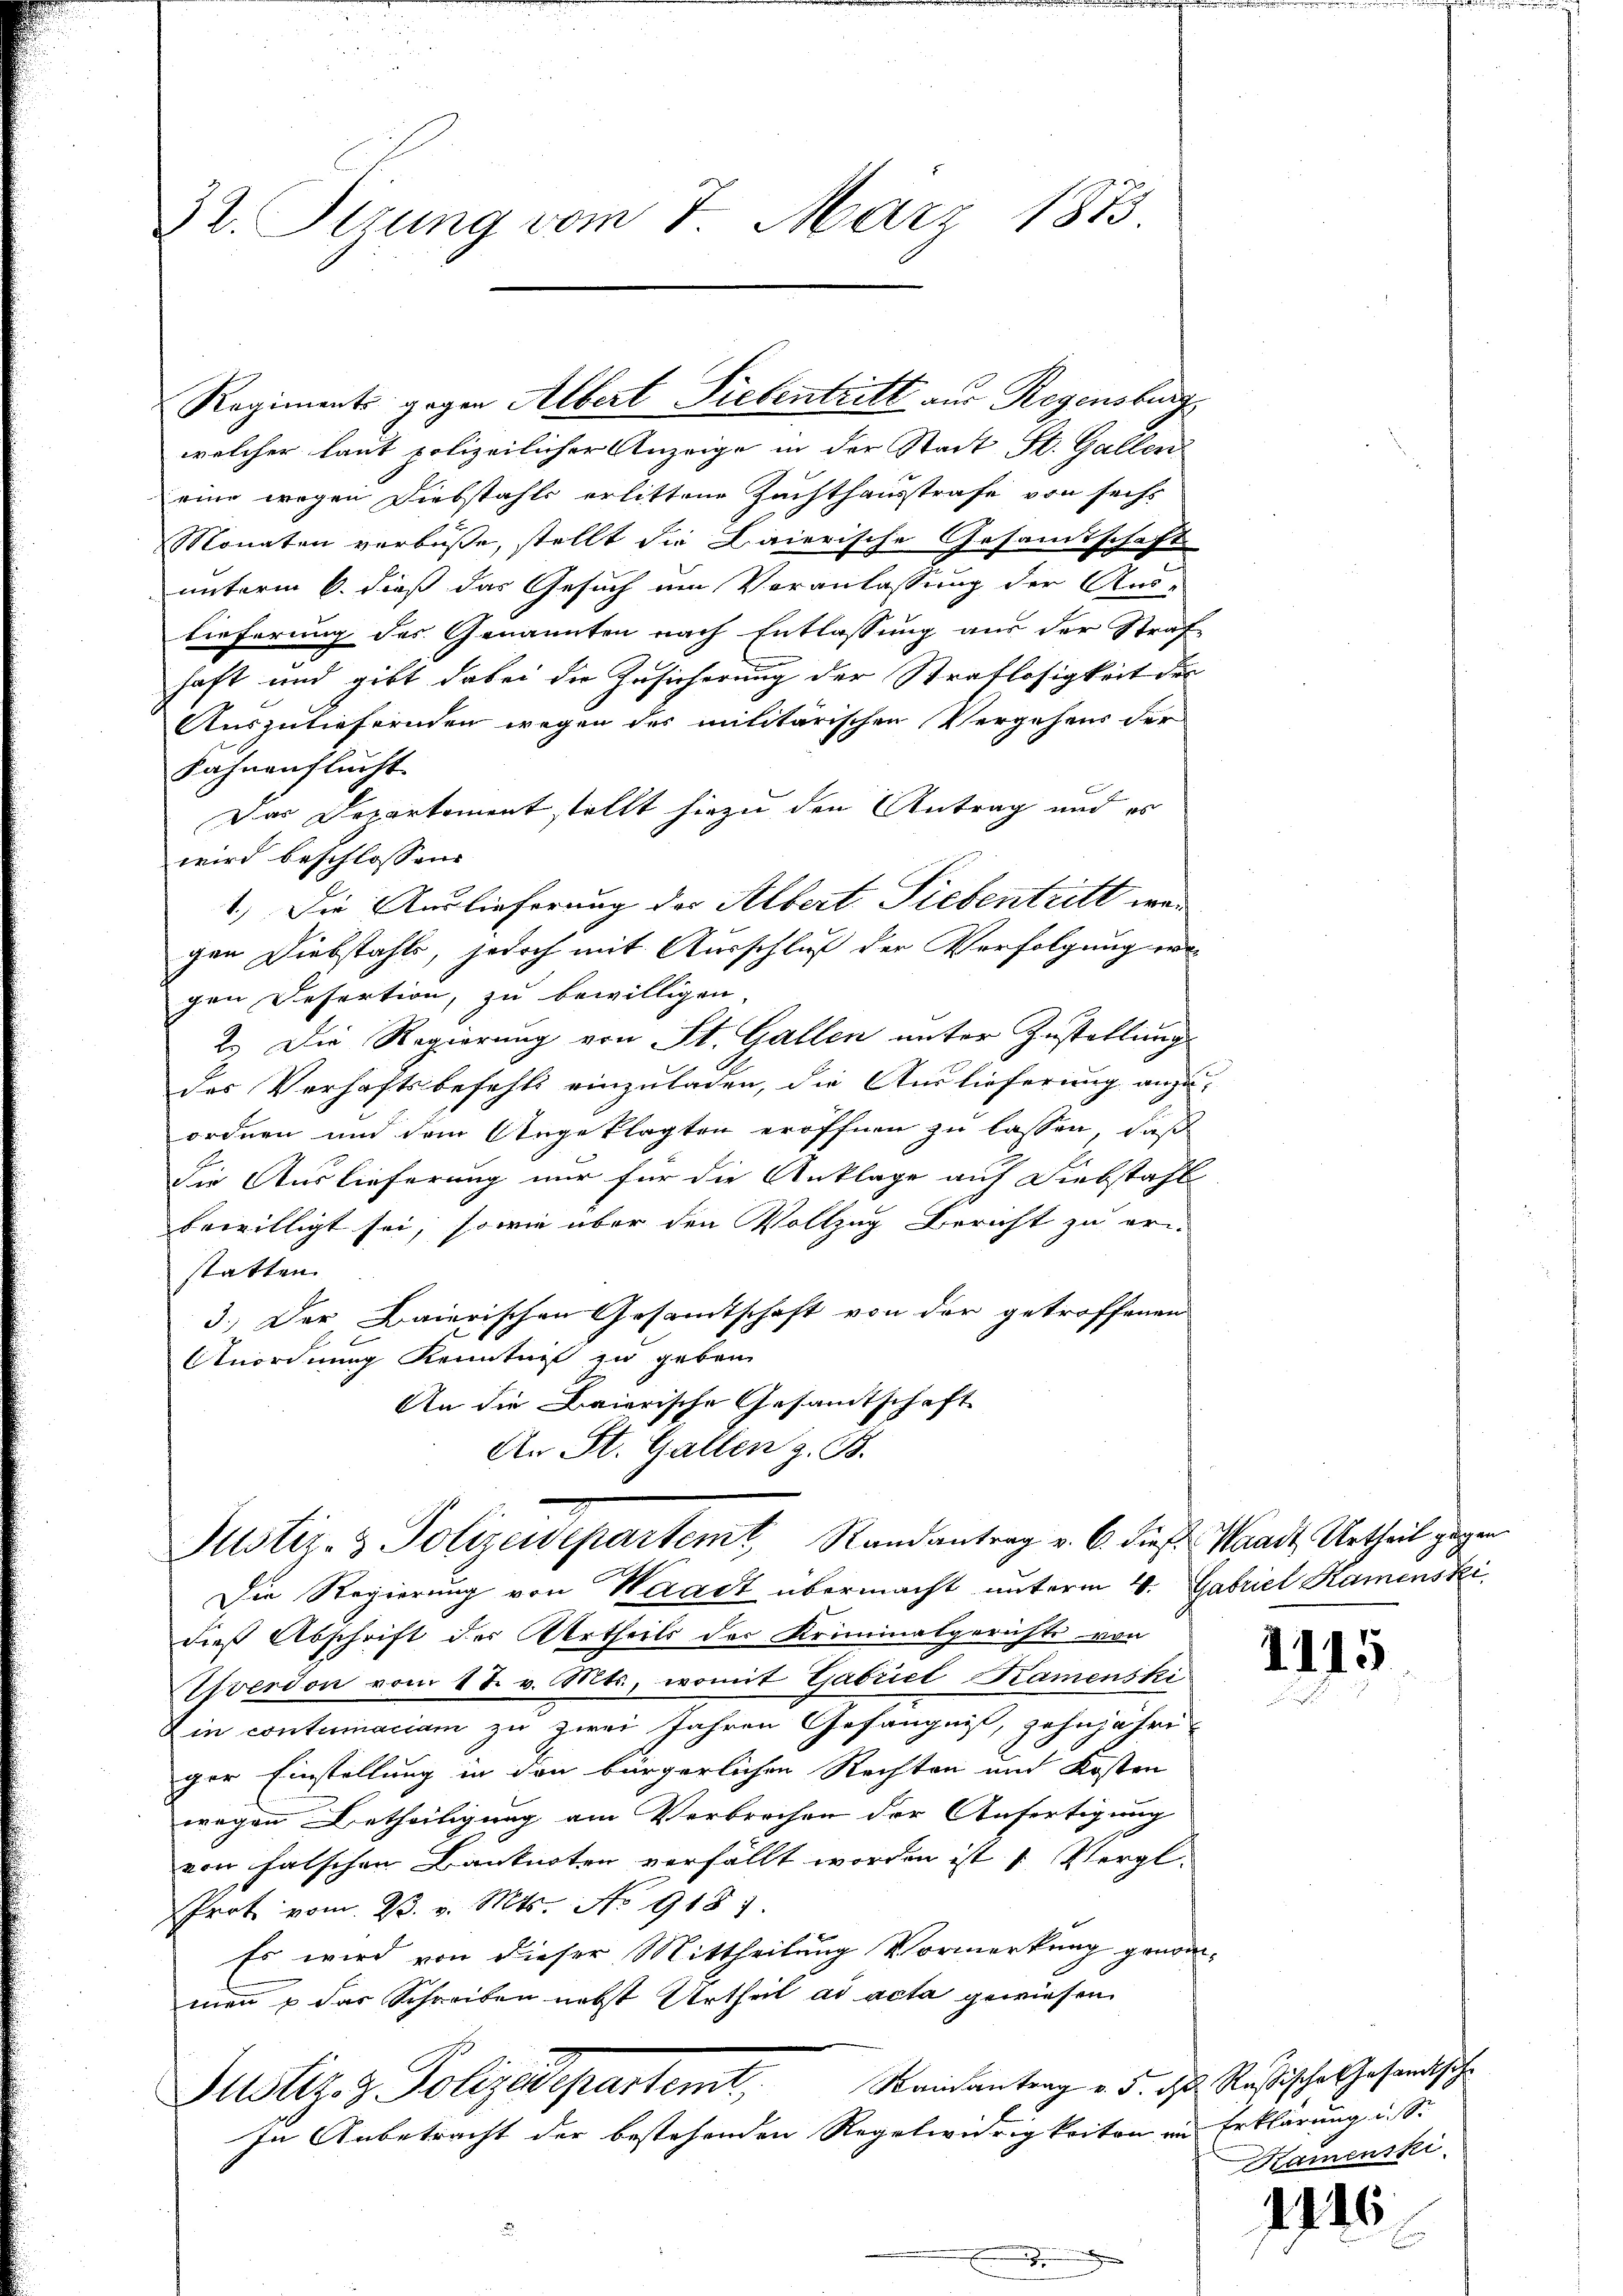
32. Sizung vom 7. März 1873.

welcher laut polizeilicher Anzeige in der Stadt St. Gallen
eine wegen Diebstahls erlittene Zuchthausstrafe von sechs
Monaten verbuße, stellt die Baierische Gesandtschaft
unterm 6. dieß das Gesuch um Veranlassung der Aus-
lieferung des Genannten nach Entlassung aus der Straf
haft und gibt dabei die Zusicherung der Straflosigkeit der
Auszuliefernden wegen des militärischen Vergehens der
Fahnenflucht.
Das Departement stellt hiezu den Antrag und es
wird beschlossen:
1.) Die Auslieferung der Albert Siebentritt wei
gen Diebstahls, jedoch mit Ausschluß der Verfolgung ergen Refertion, zu bewilligen,
2. Die Regierung von St. Gallen unter Zustellung
des Verhaftsbefehls einzuladen, die Auslieferung anzu-
ordnen und dem Angeklagten eröffnen zu lassen, daß
die Auslieferung nur für die Anklage auf Diebstahl
bewilligt sei, sowie über den Vollzug Bericht zu eri
statten.
3.) Der Baierischen Gesamtschaft von der getroffenen
Anordnung Kenntnis zu geben
An die Baierische Gesamtschaft
An St. Gallen z. B.

Justiz- & Polizeidepartemt, Randantrag v. 6. diese Waadt, Urtheil gegen

Regiments gegen Albert Siebentritt aus Regensburg

Die Regierung von Waadt übermacht unterm 4. Gabriel Kamenski
dieß Abschrift des Urtheils der Kriminalgerichts von
Stsverdon vom 17. v. Mts., womit Gabriel Kamenski
in contumaciam zu zwei Jahren Gefängniß, zehnjähriger Einstellung in den bürgerlichen Rechten und Kosten
wegen Betheiligung am Verbrechen der Anfertigung
von falschen Banknoten verfällt worden ist u. Vergl.
Prot vom 23. v. Mts. No 918
Es wird von dieser Mittheilung Vormerkung genommen u das Schreiben nebst Urtheil ad acta gewiesen
Justiz- & Polizeidepartemt. Seidantrag u. d. d. Rußische Gesandtsche
In Anbetracht der bestehenden Regelwidrigkeiten im Erklärung u. S.

1115

Ramenski

)

116